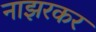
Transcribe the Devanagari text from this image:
नाझरकर